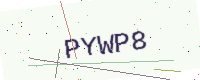
Text: PYWP8